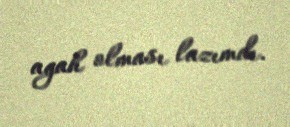
agah olması lazımdı.